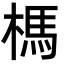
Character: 榪